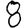
Digit: 8